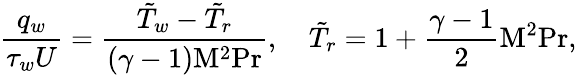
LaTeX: {\frac{q_{w}}{\tau_{w}U}}={\frac{{\tilde{T}}_{w}-{\tilde{T}}_{r}}{(\gamma-1)\mathrm{M}^{2}\mathrm{Pr}}},\quad{\tilde{T}}_{r}=1+{\frac{\gamma-1}{2}}\mathrm{M}^{2}\mathrm{Pr},